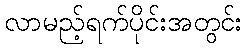
လာမည့်ရက်ပိုင်းအတွင်း